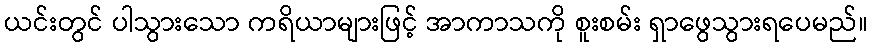
ယင်းတွင် ပါသွားသော ကရိယာများဖြင့် အာကာသကို စူးစမ်း ရှာဖွေသွားရပေမည်။